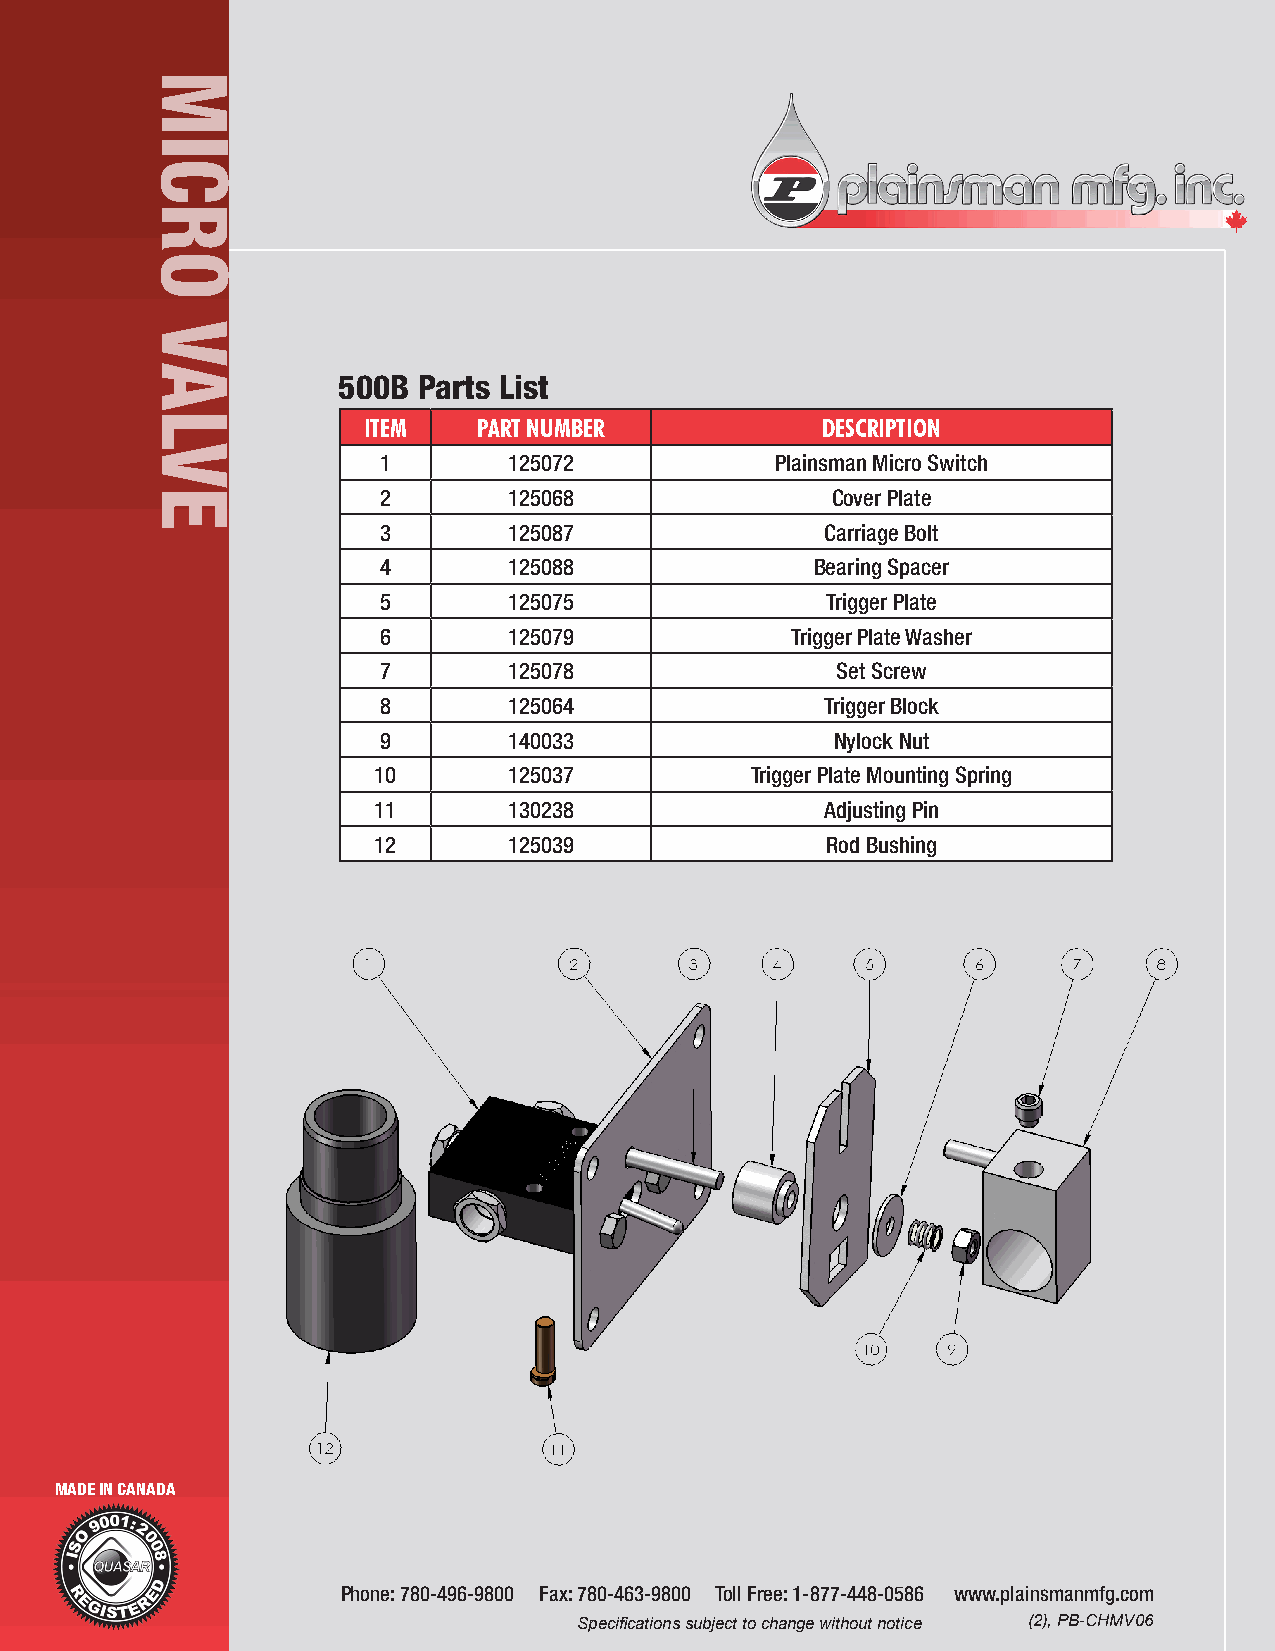
500B  Parts List
 ITEM    PART NUMBER           DESCRIPTION
 1        125072           Plainsman Micro Switch
 2        125068               Cover Plate
 3        125087               Carriage Bolt
 4        125088              Bearing Spacer
 5        125075               Trigger Plate
 6        125079            Trigger Plate Washer
 7        125078               Set Screw
 8        125064               Trigger Block
 9        140033               Nylock Nut
 10       125037          Trigger Plate Mounting Spring
 11       130238               Adjusting Pin
 12       125039               Rod Bushing
 MADE IN CANADA
 Phone: 780-496-9800 Fax: 780-463-9800 Toll Free: 1-877-448-0586 www.plainsmanmfg.com
 Specifications subject to change without notice (2), PB-CHMV06
 MICRO
 VALVE